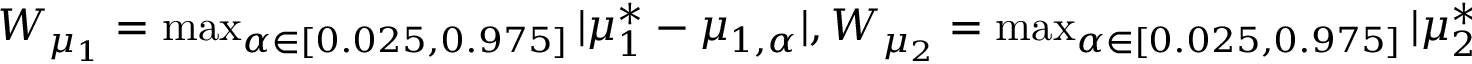
\begin{array} { r } { W _ { \mu _ { 1 } } = \operatorname* { m a x } _ { \alpha \in [ 0 . 0 2 5 , 0 . 9 7 5 ] } | \mu _ { 1 } ^ { * } - \mu _ { 1 , \alpha } | , W _ { \mu _ { 2 } } = \operatorname* { m a x } _ { \alpha \in [ 0 . 0 2 5 , 0 . 9 7 5 ] } | \mu _ { 2 } ^ { * } - \mu _ { 2 , \alpha } | , W _ { \mu _ { 3 } } = \operatorname* { m a x } _ { \alpha \in [ 0 . 0 2 5 , 0 . 9 7 5 ] } | \mu _ { 3 } ^ { * } - \mu _ { 3 , \alpha } | , } \end{array}